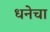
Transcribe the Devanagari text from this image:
धनेचा